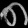
Digit: ၈